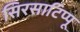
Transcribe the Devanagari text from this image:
सिरसाटिप्पू